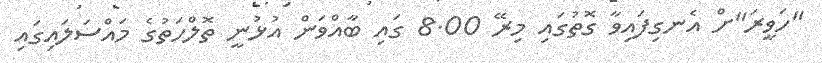
"ހަވީރަ"ށް އެނގިފައިވާ ގޮތުގައި މިރޭ 8.00 ގައި ބާއްވަން އުޅުނީ ތޮލްހަތުގެ މައްސަލައިގައި